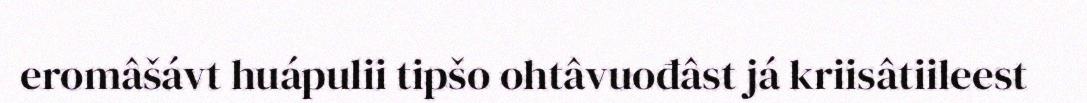
eromâšávt huápulii tipšo ohtâvuođâst já kriisâtiileest